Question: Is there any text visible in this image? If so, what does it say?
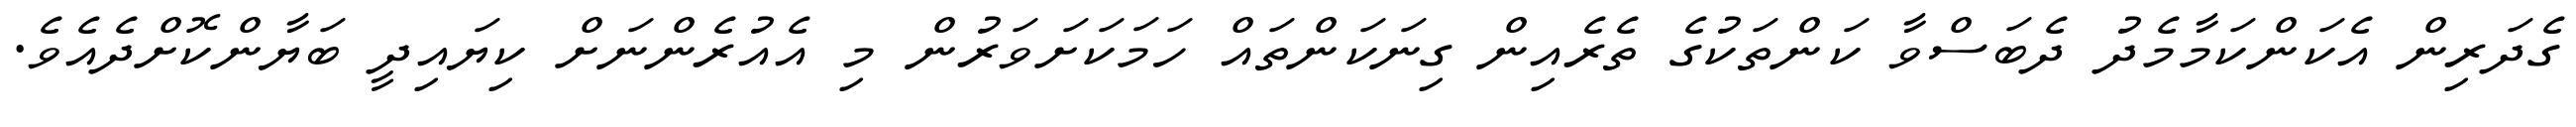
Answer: ގެދަރިން އެކަންކަމާމެދު ދެބަސްވާ ކަންތަކުގެ ތެރެއިން ގިނަކަންތައް ހަމަކަށަވަރުން މި އެއުރެންނަށް ކިޔައިދީ ބަޔާންކޮށްދެއެވެ.